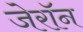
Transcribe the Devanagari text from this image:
जेरॉन